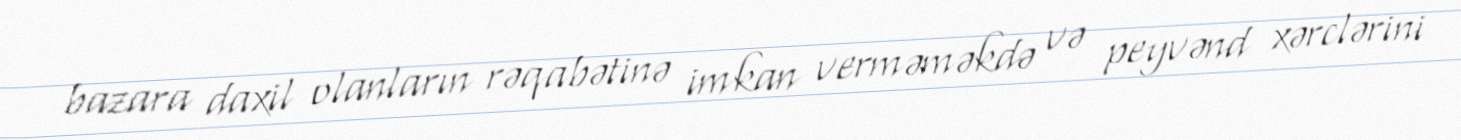
bazara daxil olanların rəqabətinə imkan verməməkdə və peyvənd xərclərini